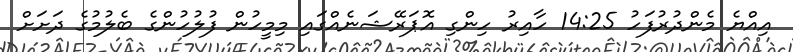
އިއްޔެ މެންދުރުފަހު 14:25 ހާއިރު ހިންގި އޮޕަރޭޝަނެއްގައި މިމީހުން ފުލުހުންގެ ބެލުމުގެ ދަށަށް